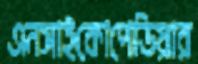
এনসাইকোপেডিয়ার